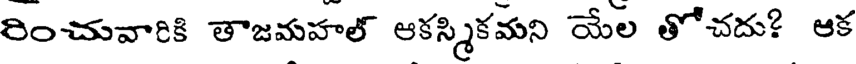
రించువారికి తాజమహల్ ఆకస్మికమని యేల తోచదు? ఆక